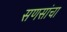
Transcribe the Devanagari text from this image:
सणसांचा